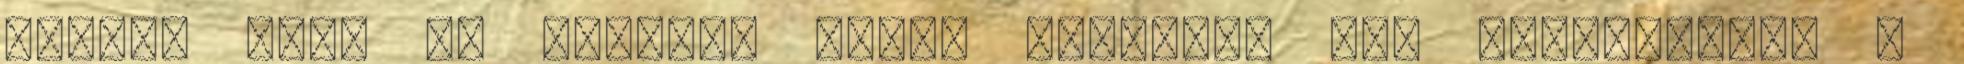
válik, hogy az Indexen miért jelennek meg egyre-másra a